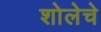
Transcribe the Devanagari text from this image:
शोलेचे